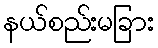
နယ်စည်းမခြား